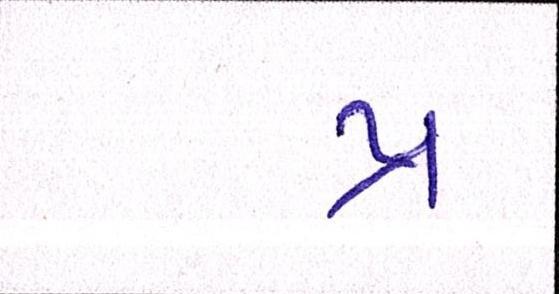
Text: પ્ર